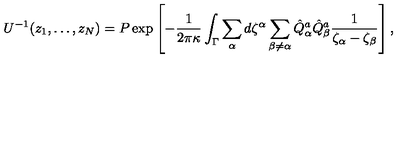
U ^ { - 1 } ( z _ { 1 } , \dots , z _ { N } ) = P \exp \left[ - { \frac { 1 } { 2 \pi \kappa } } \int _ { \Gamma } \sum _ { \alpha } d \zeta ^ { \alpha } \sum _ { \beta \not = \alpha } \hat { Q } _ { \alpha } ^ { a } \hat { Q } _ { \beta } ^ { a } { \frac { 1 } { \zeta _ { \alpha } - \zeta _ { \beta } } } \right] ,